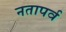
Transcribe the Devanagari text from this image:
नतापर्व